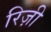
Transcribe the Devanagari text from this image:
रिज़ी